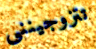
تتزوجينني